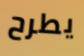
يطرح